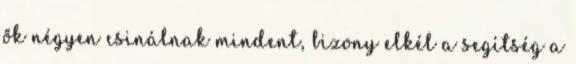
ők négyen csinálnak mindent, bizony elkél a segítség a